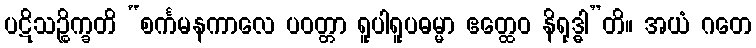
ပဋိသဉ္စိက္ခတိ “စင်္ကမနကာလေ ပဝတ္တာ ရူပါရူပဓမ္မာ ဧတ္ထေဝ နိရုဒ္ဓါ”တိ။ အယံ ဂတေ